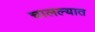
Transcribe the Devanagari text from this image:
चालल्यात